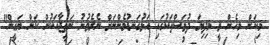
މިކަން މިހެން ވީ މިދިޔަ ދުވަސްތަކުގައި އަޅުގަނޑުމެންނަށް ނެރެވުނު ނަތީޖާއަކުން ކަން ޔަގީން"